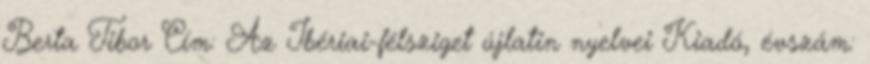
Berta Tibor Cím: Az Ibériai-félsziget újlatin nyelvei Kiadó, évszám: